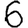
Digit: 6